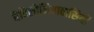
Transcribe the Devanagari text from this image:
बैबिलोनियावासियों